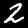
Label: 2